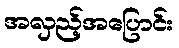
အလှည့်အပြောင်း